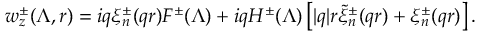
w _ { z } ^ { \pm } ( \Lambda , r ) = i q \xi _ { n } ^ { \pm } ( q r ) F ^ { \pm } ( \Lambda ) + i q H ^ { \pm } ( \Lambda ) \left[ | q | r \tilde { \xi } _ { n } ^ { \pm } ( q r ) + \xi _ { n } ^ { \pm } ( q r ) \right] .